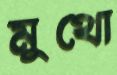
মুথো